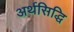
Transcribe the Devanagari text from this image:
अर्थसिद्धि